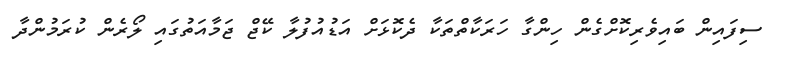
ސިފައިން ބައިވެރިކޮށްގެން ހިންގާ ހަރަކާތްތަކާ ދެކޮޅަށް އަޑުއުފުލާ ކޭޖް ޖަމާއަތުގައި ލޯރެން ކުރަމުންދާ